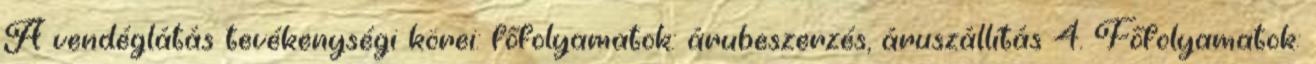
A vendéglátás tevékenységi körei: főfolyamatok: árubeszerzés, áruszállítás 4. Főfolyamatok: